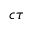
c \tau